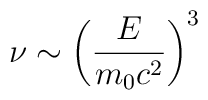
\nu \sim \left( \frac{E}{m_{0}c^{2}}\right) ^{3}